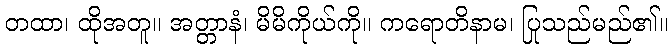
တထာ၊ ထိုအတူ။ အတ္တာနံ၊ မိမိကိုယ်ကို။ ကရောတိနာမ၊ ပြုသည်မည်၏။